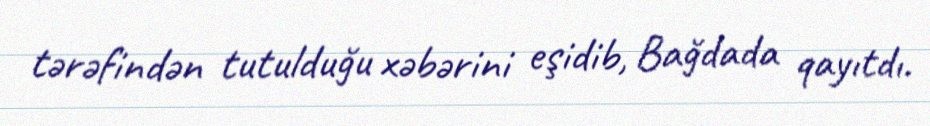
tərəfindən tutulduğu xəbərini eşidib, Bağdada qayıtdı.